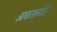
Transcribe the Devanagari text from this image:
आकाशमंदिर